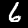
Label: 6